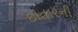
દાતારની